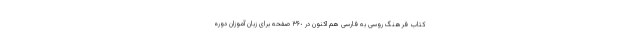
کتاب فرهنگ روسی به فارسی هم اکنون در ٣۶٠ صفحه برای زبان آموزان دوره